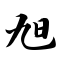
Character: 旭